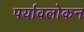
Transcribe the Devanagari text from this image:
पर्यावलोकन